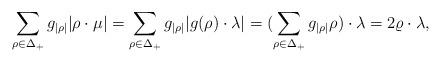
LaTeX: \begin{align*}\sum_{\rho\in\Delta_+}{g_{|\rho|}} |\rho\cdot\mu| =\sum_{\rho\in\Delta_+}{g_{|\rho|}} |g(\rho)\cdot\lambda|=(\sum_{\rho\in\Delta_+}{g_{|\rho|}} \rho)\cdot\lambda=2\varrho\cdot\lambda,\end{align*}